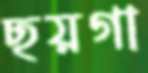
ছয়গা